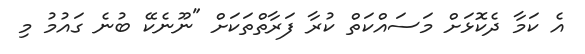
އެ ކަމާ ދެކޮޅަށް މަސައްކަތް ކުރާ ފަރާތްތަކަށް "ނޫނެކޭ ބުނެ ގައުމު މި